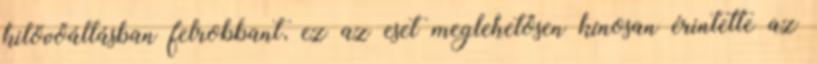
kilövőállásban felrobbant, ez az eset meglehetősen kínosan érintette az